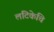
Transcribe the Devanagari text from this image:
लटिकेचि